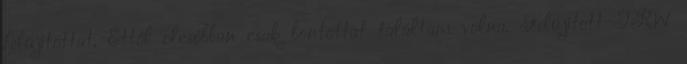
felújítottat. Ettől olcsóbban csak bontottat találtam volna. Felújított TRW